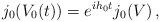
LaTeX: \begin{align*} j_0(V_0(t))= e^{ih_0t}j_0(V)\, ,\end{align*}